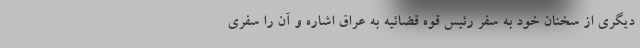
دیگری از سخنان خود به سفر رئیس قوه قضائیه به عراق اشاره و آن را سفری